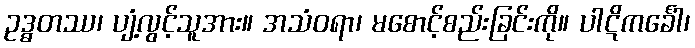
ဥဒ္ဓတဿ၊ ပျံ့လွင့်သူအား။ အသံဝရာ၊ မစောင့်စည်းခြင်းကို။ ပါဋိကင်္ခေါ၊